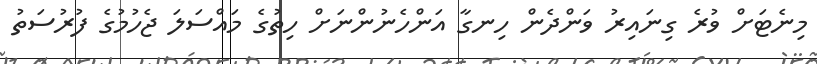
މިނެޓަށް ވުރެ ގިނައިރު ވަންދެން ހިނގާ އަންހެނުންނަށް ހިތުގެ މައްސަލަ ޖެހުމުގެ ފުރުސަތު